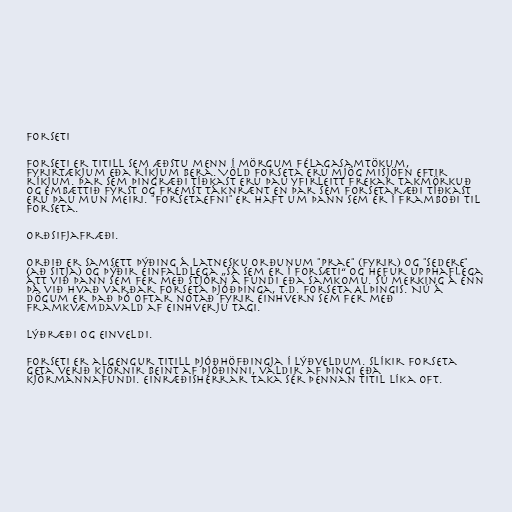
Forseti

Forseti er titill sem æðstu menn í mörgum félagasamtökum,
fyrirtækjum eða ríkjum bera. Völd forseta eru mjög misjöfn eftir
ríkjum. Þar sem þingræði tíðkast eru þau yfirleitt frekar takmörkuð
og embættið fyrst og fremst táknrænt en þar sem forsetaræði tíðkast
eru þau mun meiri. "Forsetaefni" er haft um þann sem er í framboði til
forseta.

Orðsifjafræði.

Orðið er samsett þýðing á latnesku orðunum "prae" (fyrir) og "sedere"
(að sitja) og þýðir einfaldlega „sá sem er í forsæti“ og hefur upphaflega
átt við þann sem fer með stjórn á fundi eða samkomu. Sú merking á enn
þá við hvað varðar forseta þjóðþinga, t.d. forseta Alþingis. Nú á
dögum er það þó oftar notað fyrir einhvern sem fer með
framkvæmdavald af einhverju tagi.

Lýðræði og einveldi.

Forseti er algengur titill þjóðhöfðingja í lýðveldum. Slíkir forseta
geta verið kjörnir beint af þjóðinni, valdir af þingi eða
kjörmannafundi. Einræðisherrar taka sér þennan titil líka oft.